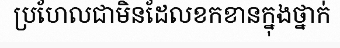
ប្រហែលជាមិនដែលខកខានក្នុងថ្នាក់